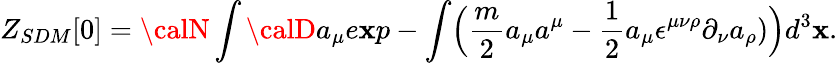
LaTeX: Z_{SDM}[0]={\calN}\int{\calD}a_{\mu}e\mathbf{x}p-\int\Bigl({\frac{{m}}{{2}}}a_{\mu}a^{\mu}-{\frac{{1}}{{2}}}a_{\mu}\epsilon^{\mu\nu\rho}\partial_{\nu}a_{\rho})\Bigr)d^{3}\mathbf{x}.